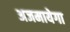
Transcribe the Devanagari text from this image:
अजमायेगा